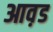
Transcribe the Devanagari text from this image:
आव़ड